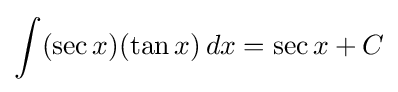
\int (\sec x)(\tan x)\,dx=\sec x+C